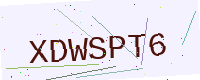
Text: XDWSPT6